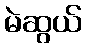
မဲဆွယ်